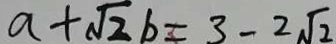
a + \sqrt { 2 } b = 3 - 2 \sqrt { 2 }